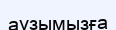
аузымызға